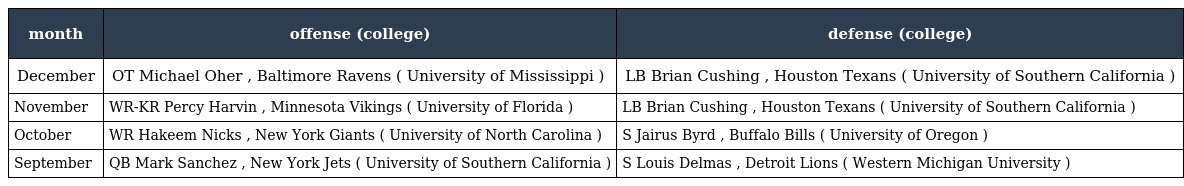
| month | offense (college) | defense (college) |
 | --- | --- | --- |
 | December | OT Michael Oher , Baltimore Ravens ( University of Mississippi ) | LB Brian Cushing , Houston Texans ( University of Southern California ) |
 | November | WR-KR Percy Harvin , Minnesota Vikings ( University of Florida ) | LB Brian Cushing , Houston Texans ( University of Southern California ) |
 | October | WR Hakeem Nicks , New York Giants ( University of North Carolina ) | S Jairus Byrd , Buffalo Bills ( University of Oregon ) |
 | September | QB Mark Sanchez , New York Jets ( University of Southern California ) | S Louis Delmas , Detroit Lions ( Western Michigan University ) |